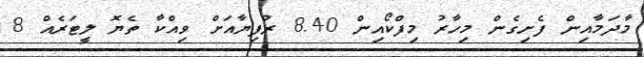
މާދަމާއިން ފެށިގެން މިހާރު މިފްކޯއިން 8.40 ރުފިޔާއަށް ވިއްކާ ތެޔޮ ލީޓަރެއް 8